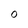
Character: O